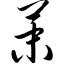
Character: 茉